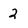
Character: 2